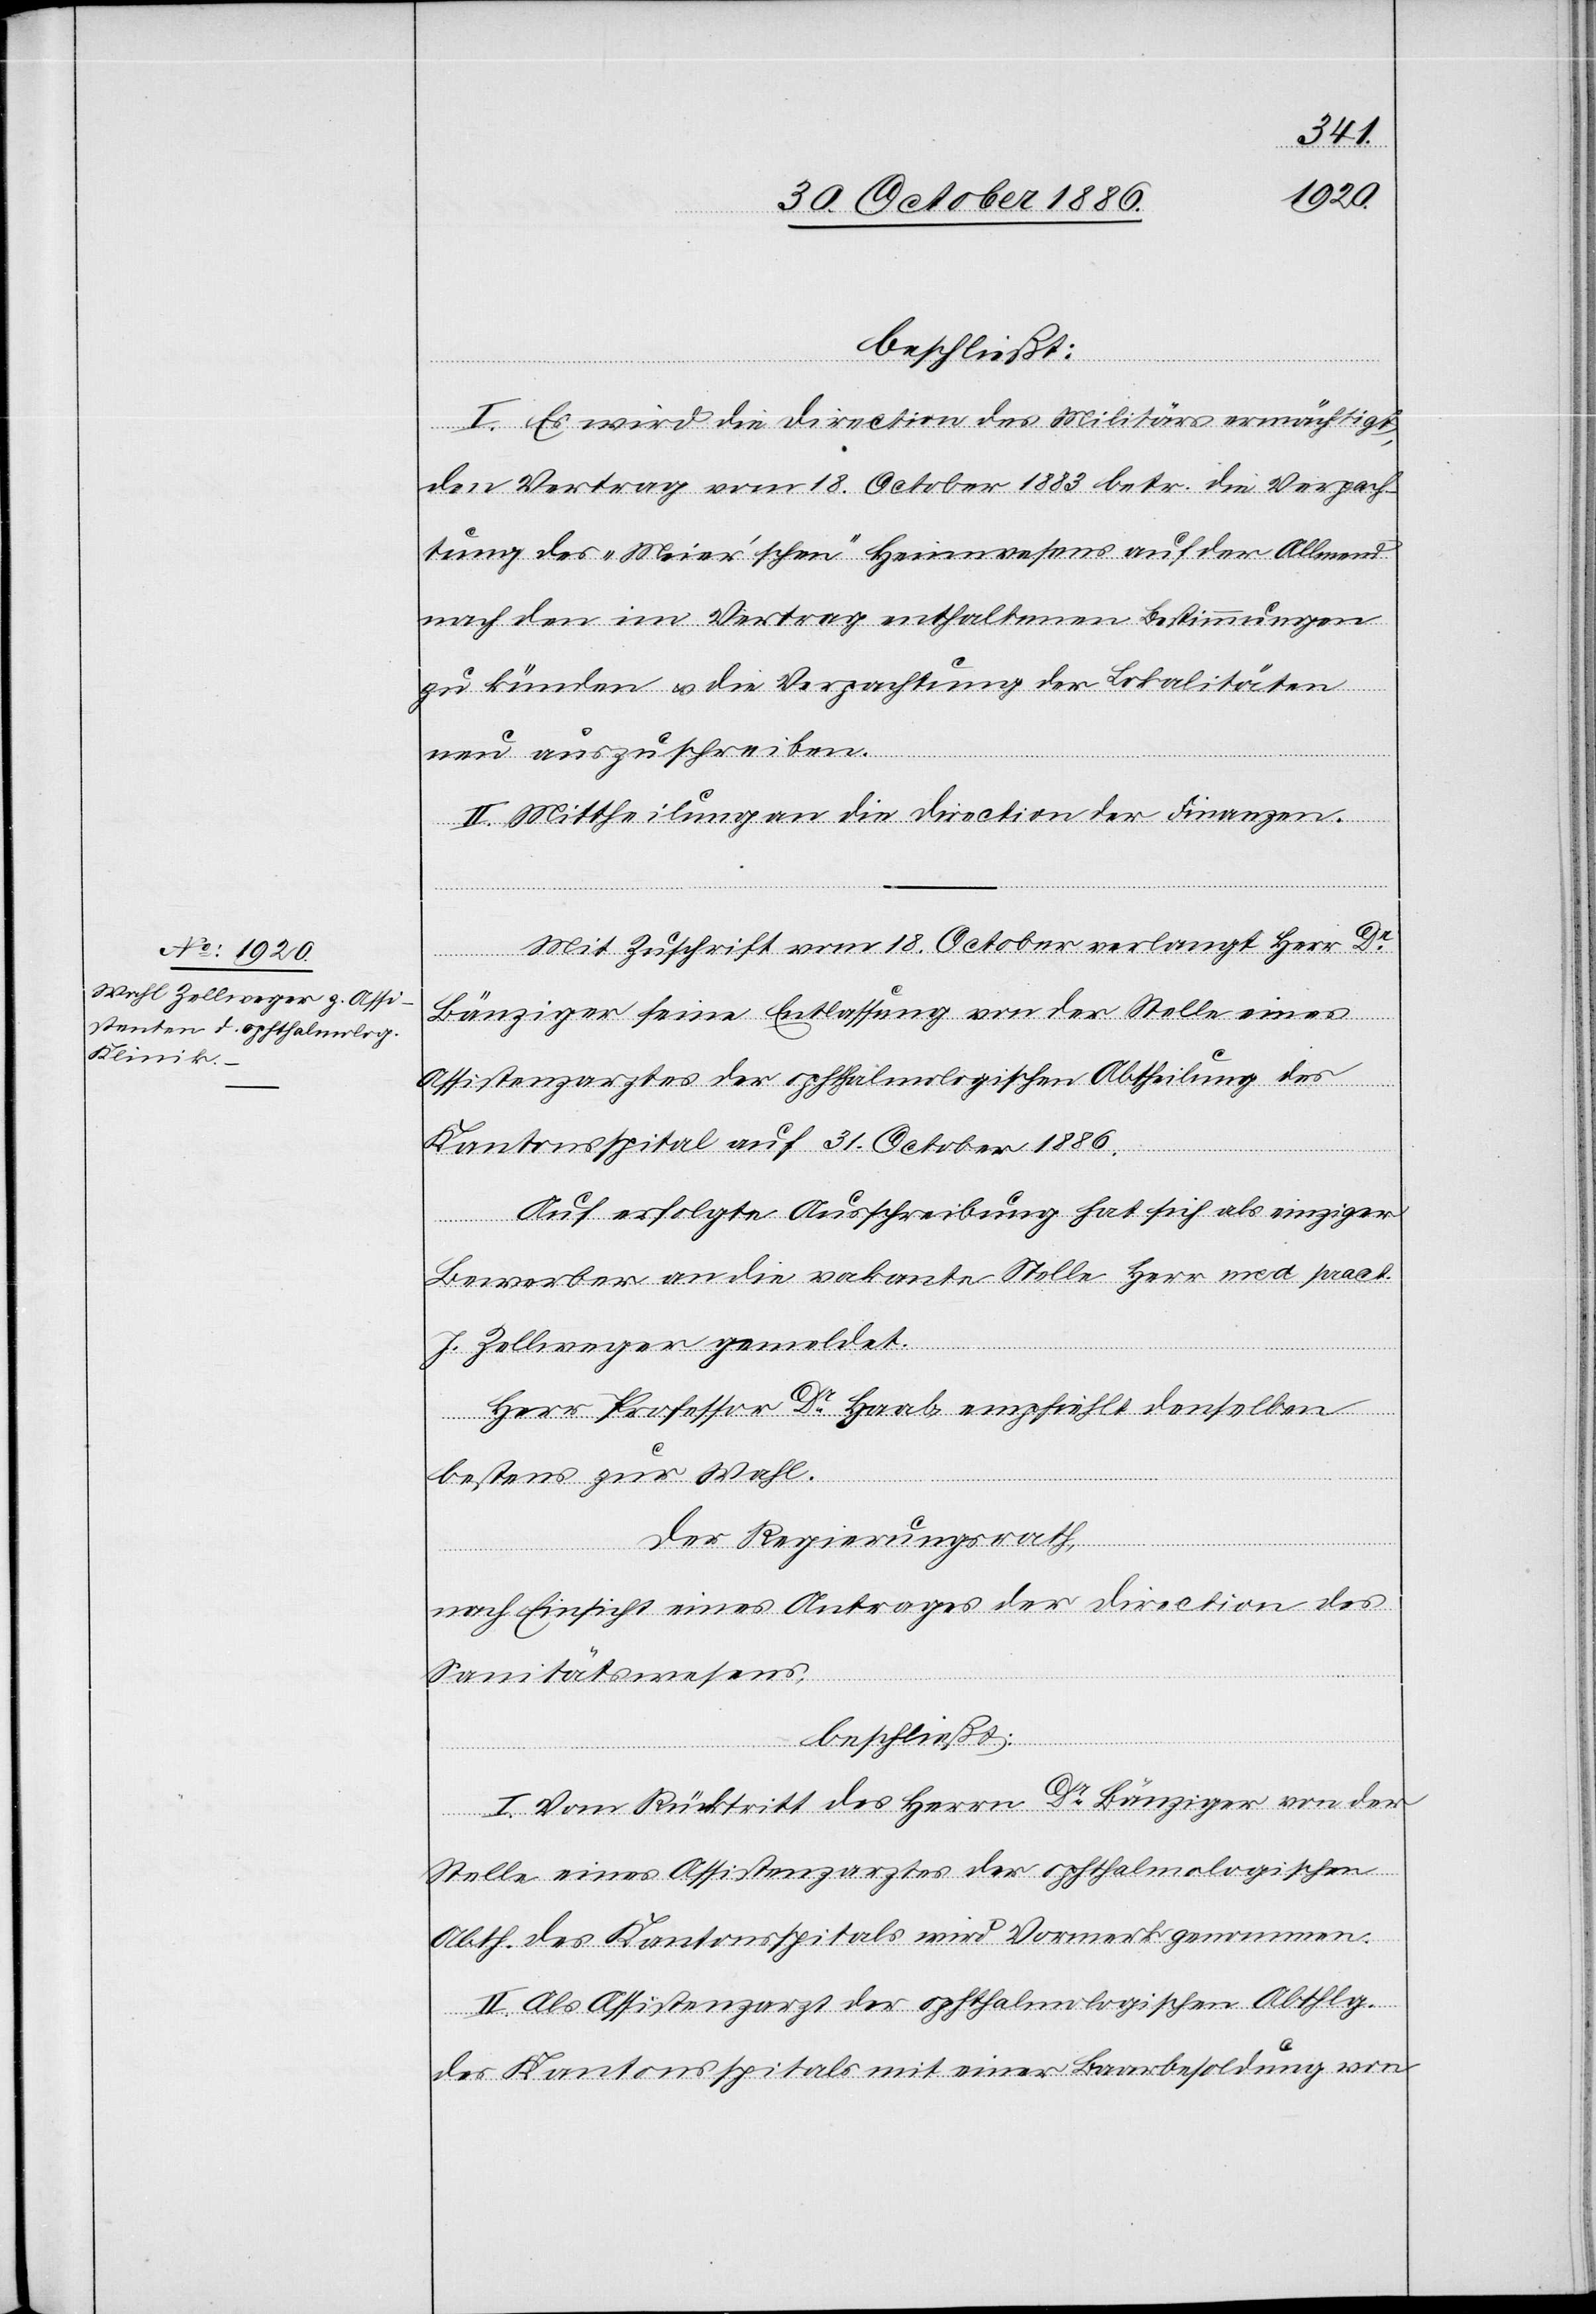
beschließt:
I. Es wird die Direction des Militärs ermächtigt,
den Vertrag vom 18. October 1883 betr. die Verpach¬
tung des „Meier’schen“ Heimwesens auf der Allmend
nach den im Vertrag enthaltenen Bestimmungen
zu künden & die Verpachtung der Lokalitäten
neu auszuschreiben.
II. Mittheilung an die Direction der Finanzen.
Mit Zuschrift vom 18. October verlangt Herr Dr
Bänziger seine Entlassung von der Stelle eines
Assistenzarztes der ophthalmologischen Abtheilung des
Kantonsspital auf 31. October 1886.
Auf erfolgte Ausschreibung hat sich als einziger
Bewerber an die vakante Stelle Herr med. pract.
J. Zellweger gemeldet.
Herr Professor Dr Haab empfiehlt denselben
bestens zur Wahl.
Der Regierungsrath,
nach Einsicht eines Antrages der Direction des
Sanitätswesens,
beschließt:
I. Vom Rücktritt des Herrn Dr Bänziger von der
Stelle eines Assistenzarztes der ophthalmologischen
Abth. des Kantonsspitals wird Vormerk genommen.
II. Als Assistenzarzt der ophthalmologischen Abthlg.
des Kantonsspitals mit einer Baarbesoldung von